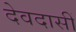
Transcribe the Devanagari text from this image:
देवदासीं